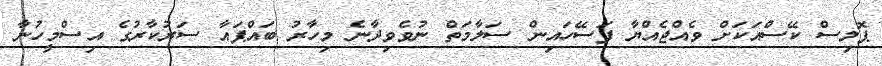
ޕޮލިސް ކޭސްއަކަށް ވެއްޖެއްޔާ ފަސޭހައިން ސަލާމަތް ނުވެވިދާނެ މިހާރު ބައްޕައާ ސަރުކާރުގެ އިސްމީހުނާ